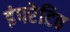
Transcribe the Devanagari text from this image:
इंपरेटिव